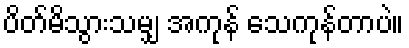
ပိတ်မိသွားသမျှ အကုန် သေကုန်တာပဲ။